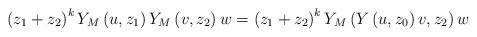
LaTeX: \begin{align*}\left(z_{1}+z_{2}\right)^{k}Y_{M}\left(u,z_{1}\right)Y_{M}\left(v,z_{2}\right)w=\left(z_{1}+z_{2}\right)^{k}Y_{M}\left(Y\left(u,z_{0}\right)v,z_{2}\right)w\end{align*}